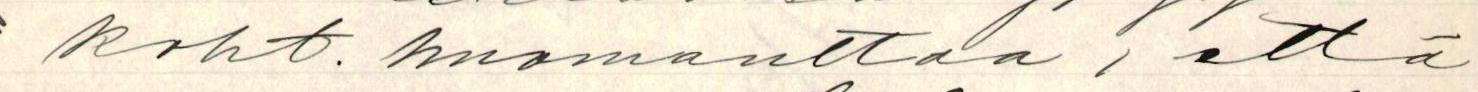
koht. huomauttaa, että